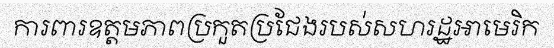
ការពារឧត្តមភាពប្រកួតប្រជែងរបស់សហរដ្ឋអាមេរិក